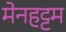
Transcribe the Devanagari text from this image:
मेनहट्टम